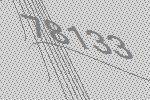
78133